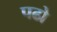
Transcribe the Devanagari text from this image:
पढो